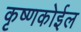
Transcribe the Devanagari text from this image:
कृष्णकोईल